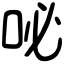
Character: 咇